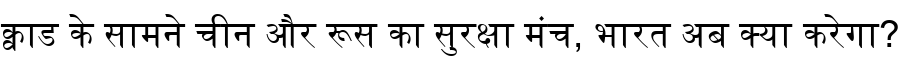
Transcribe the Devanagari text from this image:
क्वाड के सामने चीन और रूस का सुरक्षा मंच, भारत अब क्या करेगा?